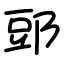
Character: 郖